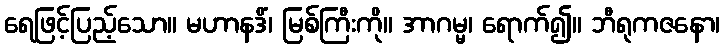
ရေဖြင့်ပြည့်သော။ မဟာနဒိံ၊ မြစ်ကြီးကို။ အာဂမ္မ၊ ရောက်၍။ ဘီရုကဇနော၊